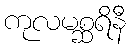
ကုလမစ္ဆရိနီ